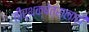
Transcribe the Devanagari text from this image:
तीर्थक्षेत्रालाही